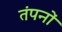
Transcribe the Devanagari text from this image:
तंपनों